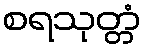
စရသုတ္တံ